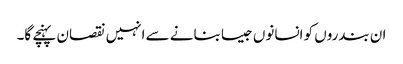
ان بندروں کو انسانوں جیسا بنانے سے انہیں نقصان پہنچے گا۔